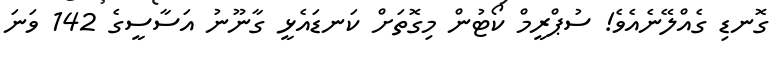
ގޮނޑި ގެއްލޭނެއެވެ! ސުޕްރީމް ކޯޓުން މިގޮތަށް ކަނޑައެޅީ ގާނޫނު އަސާސީގެ 142 ވަނަ